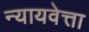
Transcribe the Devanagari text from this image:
न्यायवेत्ता